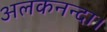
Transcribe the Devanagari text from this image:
अलकनन्दा।